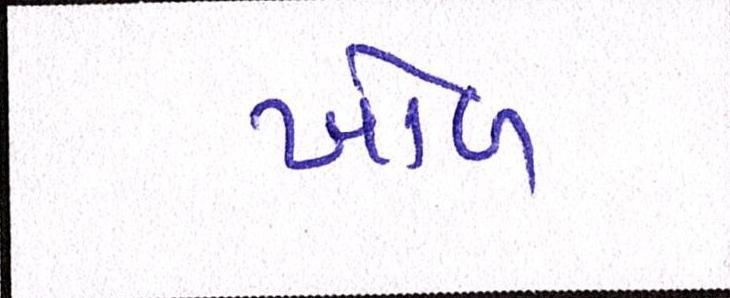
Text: ખોળ